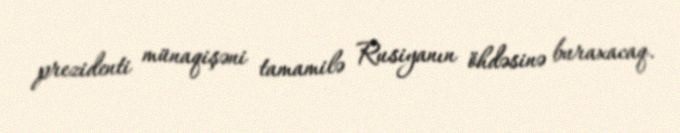
prezidenti münaqişəni tamamilə Rusiyanın öhdəsinə buraxacaq.